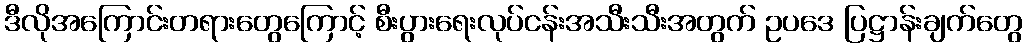
ဒီလိုအကြောင်းတရားတွေကြောင့် စီးပွားရေးလုပ်ငန်းအသီးသီးအတွက် ဥပဒေ ပြဋ္ဌာန်းချက်တွေ